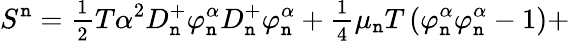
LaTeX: S^{\mathtt{n}}=\frac{{_1}}{{^2}}T\alpha^{2}D_{\mathtt{n}}^{+}\varphi_{\mathtt{n}}^{\alpha}D_{\mathtt{n}}^{+}\varphi_{\mathtt{n}}^{\alpha}+\frac{{_1}}{{^4}}\mu_{\mathtt{n}}T\left(\varphi_{\mathtt{n}}^{\alpha}\varphi_{\mathtt{n}}^{\alpha}-1\right)+